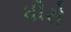
ધીરો